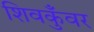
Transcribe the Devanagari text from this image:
शिवकुँवर